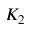
K _ { 2 }